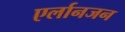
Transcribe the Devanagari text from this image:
एर्लानजन